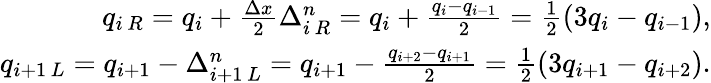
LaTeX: \begin{array}{r}{q_{i\, R}=q_{i}+\frac{\Delta x}{2}\Delta_{i\, R}^{n}=q_{i}+\frac{q_{i}-q_{i-1}}{2}=\frac{1}{2}\left(3q_{i}-q_{i-1}\right),}\\ {q_{i+1\, L}=q_{i+1}-\Delta_{i+1\, L}^{n}=q_{i+1}-\frac{q_{i+2}-q_{i+1}}{2}=\frac{1}{2}\left(3q_{i+1}-q_{i+2}\right).}\end{array}